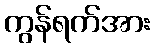
ကွန်ရက်အား